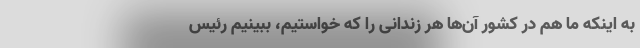
به اینکه ما هم در کشور آن‌ها هر زندانی را که خواستیم، ببینیم رئیس